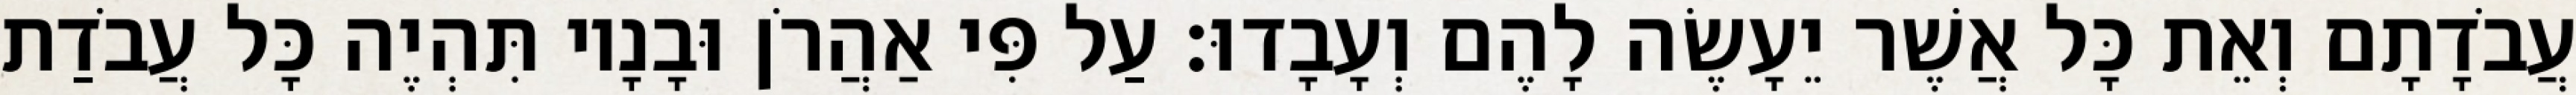
עֲבֹדָתָם וְאֵת כָּל אֲשֶׁר יֵעָשֶׂה לָהֶם וְעָבָדוּ׃ עַל פִּי אַהֲרֹן וּבָנָיו תִּהְיֶה כָּל עֲבֹדַת